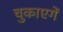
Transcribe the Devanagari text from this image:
चुकाएगें